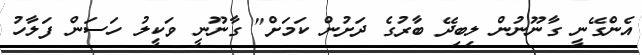
އެންގޭނީ ގާނޫނުން ލިބިދޭ ބާރުގެ ދަށުން ކަމަށް" ގާނޫނީ ވަކީލު ހަސަން ފަލާހު